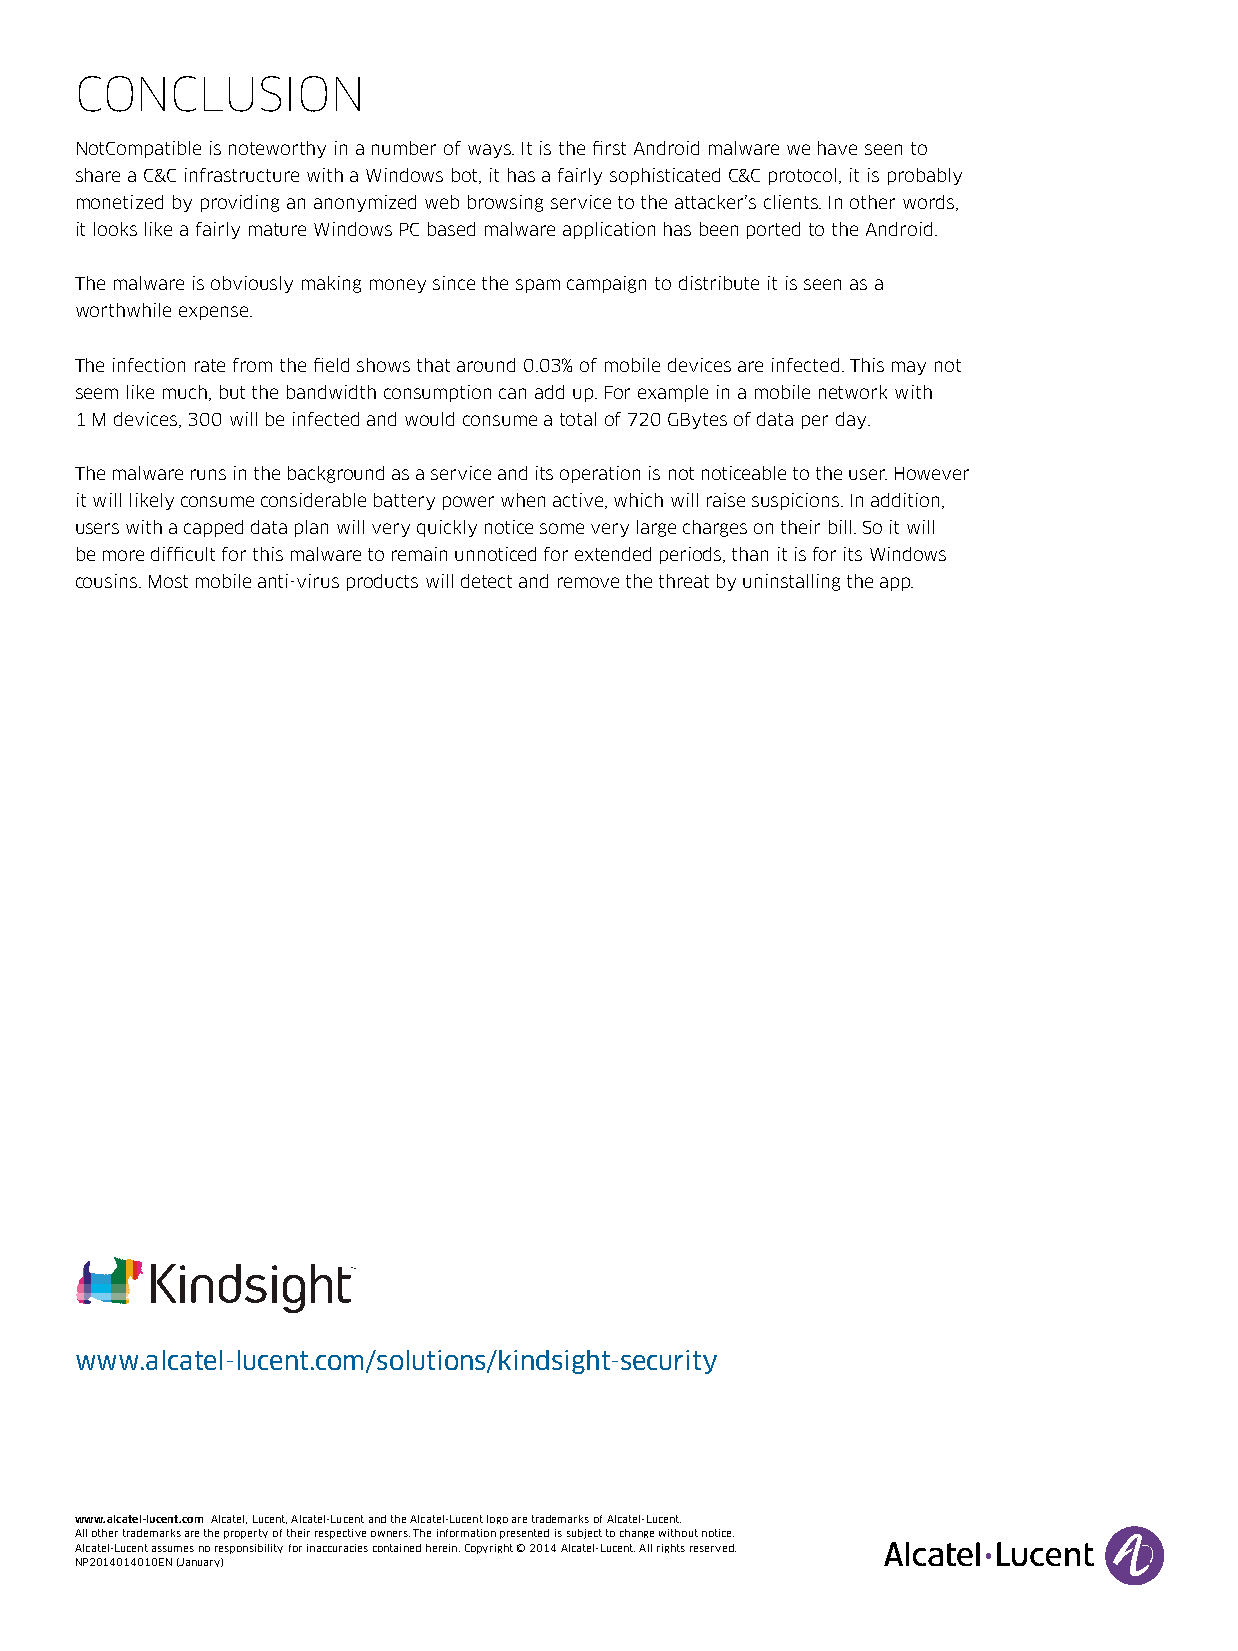
concluSIon
 NotCompatible is noteworthy in a number of ways . It is the first Android malware we have seen to
 share a C&C infrastructure with a Windows bot, it has a fairly sophisticated C&C protocol, it is probably
 monetized by providing an anonymized web browsing service to the attacker’s clients . In other words,
 it looks like a fairly mature Windows PC based malware application has been ported to the Android .
 The malware is obviously making money since the spam campaign to distribute it is seen as a
 worthwhile expense .
 The infection rate from the field shows that around 0 .03% of mobile devices are infected . This may not
 seem like much, but the bandwidth consumption can add up . For example in a mobile network with
 1 M devices, 300 will be infected and would consume a total of 720 GBytes of data per day .
 The malware runs in the background as a service and its operation is not noticeable to the user . However
 it will likely consume considerable battery power when active, which will raise suspicions . In addition,
 users with a capped data plan will very quickly notice some very large charges on their bill . So it will
 be more difficult for this malware to remain unnoticed for extended periods, than it is for its Windows
 cousins . Most mobile anti-virus products will detect and remove the threat by uninstalling the app .
 www.alcatel-lucent.com/solutions/kindsight-security
 www.alcatel-lucent.com Alcatel, Lucent, Alcatel-Lucent and the Alcatel-Lucent logo are trademarks of Alcatel-Lucent .
 All other trademarks are the property of their respective owners . The information presented is subject to change without notice .
 Alcatel-Lucent assumes no responsibility for inaccuracies contained herein . Copyright © 2014 Alcatel-Lucent . All rights reserved .
 NP2014014010EN (January)